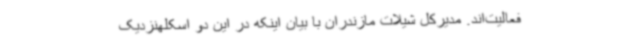
فعالیت‌اند. مدیرکل شیلات مازندران با بیان اینکه در این دو اسکلهنزدیک